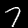
Label: 7